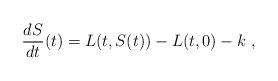
LaTeX: \begin{align*}\frac{dS}{dt}(t) = L(t,S(t)) - L(t,0) - k\ , \end{align*}